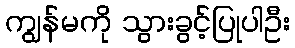
ကျွန်မကို သွားခွင့်ပြုပါဦး